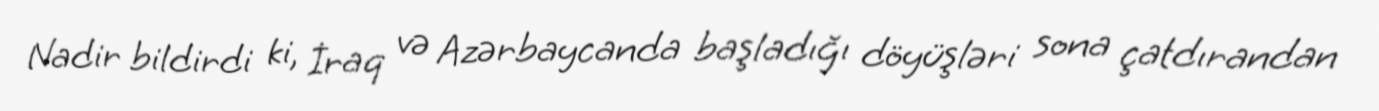
Nadir bildirdi ki, İraq və Azərbaycanda başladığı döyüşləri sona çatdırandan